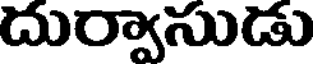
దుర్వాసుడు